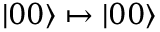
| 0 0 \rangle \mapsto | 0 0 \rangle